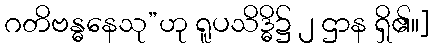
ဂတိဗန္ဓနေသု”ဟု ရူပသိဒ္ဓိ၌ ၂ ဌာန ရှိ၏။]